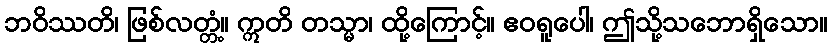
ဘဝိဿတိ၊ ဖြစ်လတ္တံ့။ ဣတိ တသ္မာ၊ ထို့ကြောင့်။ ဧဝရူပေါ၊ ဤသို့သဘောရှိသော။